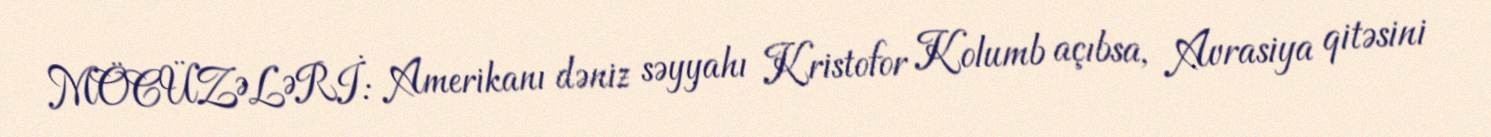
MÖCÜZƏLƏRİ: Amerikanı dəniz səyyahı Kristofor Kolumb açıbsa, Avrasiya qitəsini